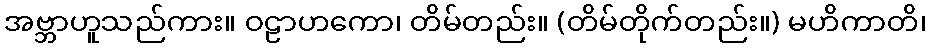
အဗ္ဘာဟူသည်ကား။ ဝဠာဟကော၊ တိမ်တည်း။ (တိမ်တိုက်တည်း။) မဟိကာတိ၊